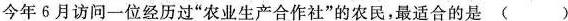
今年6月访问一位经历过”农业生产合作社”的农民，最适合的是( )